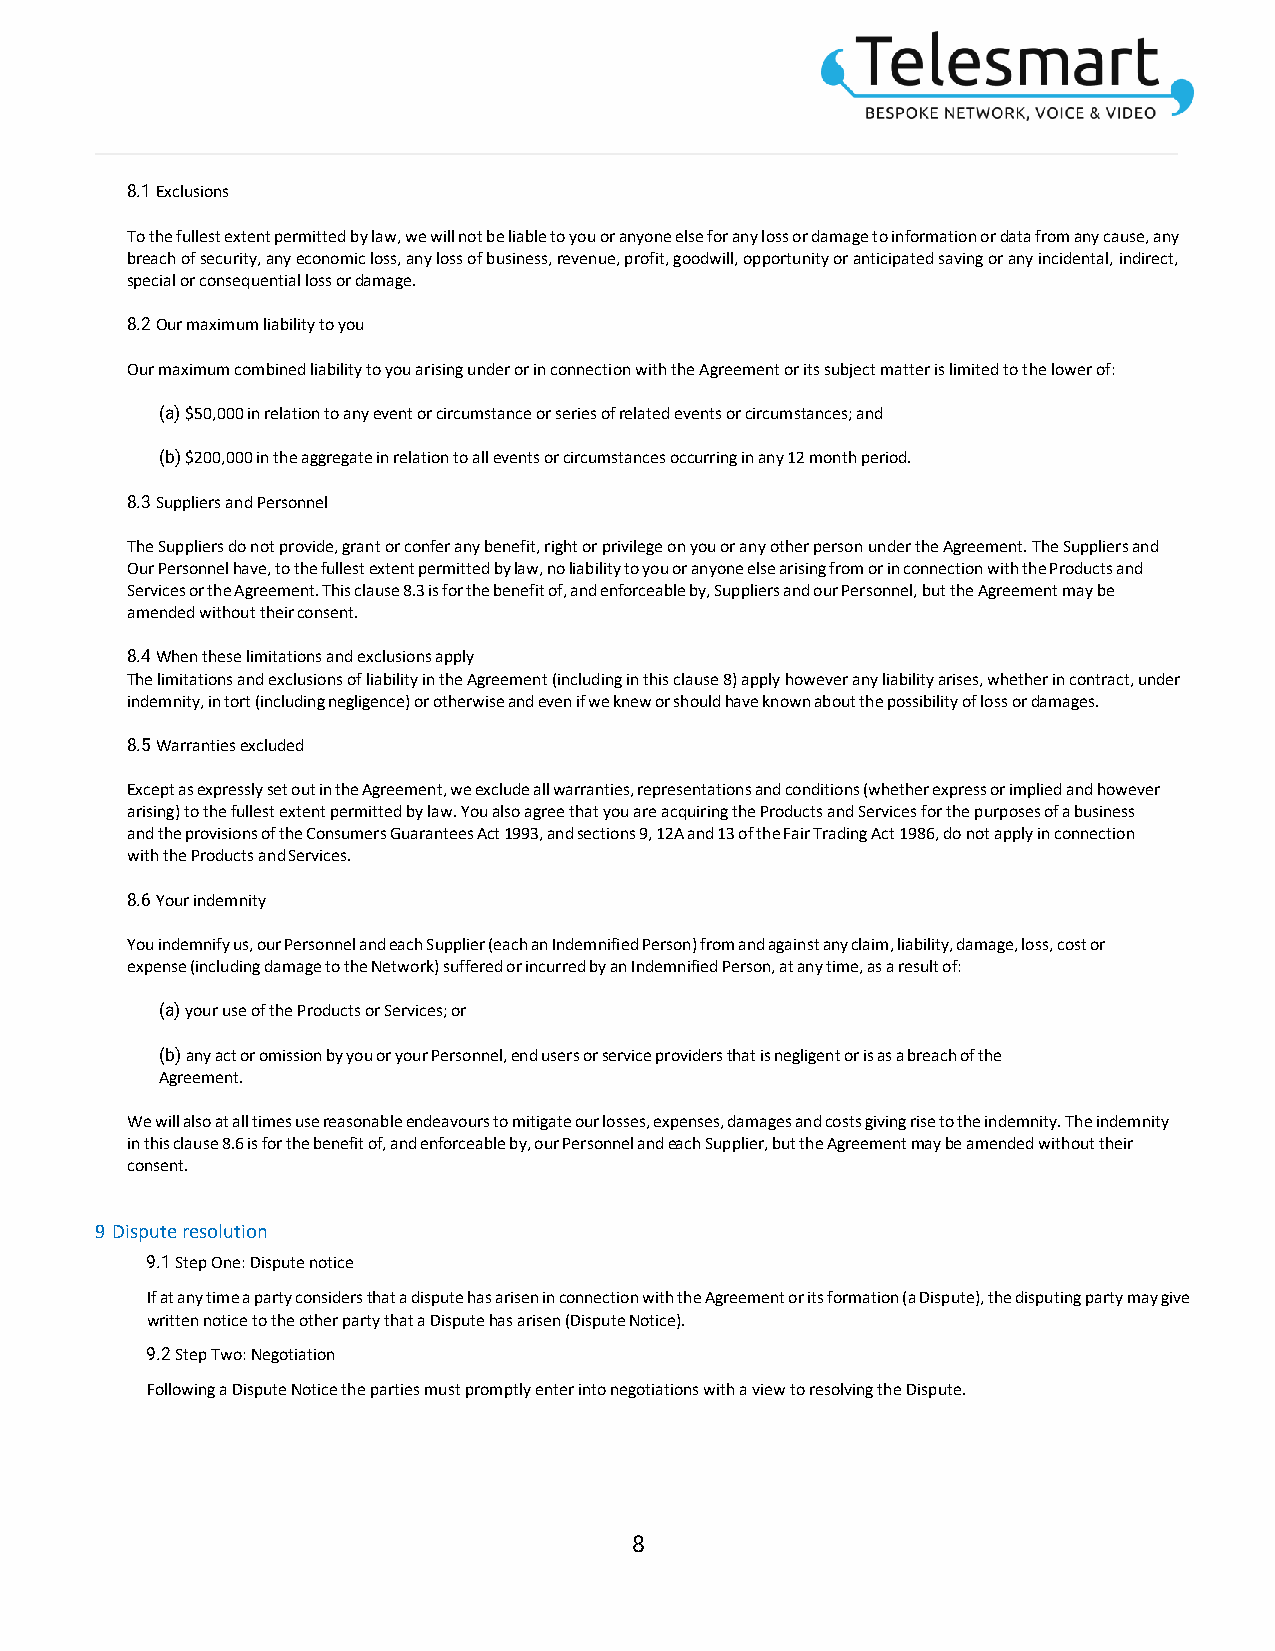
8.1 Exclusions
 To the fullest extent permitted by law, we will not be liable to you or anyone else for any loss or damage to information or data from any cause, any
 breach of security, any economic loss, any loss of business, revenue, profit, goodwill, opportunity or anticipated saving or any incidental, indirect,
 special or consequential loss or damage.
 8.2 Our maximum liability to you
 Our maximum combined liability to you arising under or in connection with the Agreement or its subject matter is limited to the lower of:
 (a) $50,000 in relation to any event or circumstance or series of related events or circumstances; and
 (b) $200,000 in the aggregate in relation to all events or circumstances occurring in any 12 month period.
 8.3 Suppliers and Personnel
 The Suppliers do not provide, grant or confer any benefit, right or privilege on you or any other person under the Agreement. The Suppliers and
 Our Personnel have, to the fullest extent permitted by law, no liability to you or anyone else arising from or in connection with the Products and
 Services or the Agreement. This clause 8.3 is for the benefit of, and enforceable by, Suppliers and our Personnel, but the Agreement may be
 amended without their consent.
 8.4 When these limitations and exclusions apply
 The limitations and exclusions of liability in the Agreement (including in this clause 8) apply however any liability arises, whether in contract, under
 indemnity, in tort (including negligence) or otherwise and even if we knew or should have known about the possibility of loss or damages.
 8.5 Warranties excluded
 Except as expressly set out in the Agreement, we exclude all warranties, representations and conditions (whether express or implied and however
 arising) to the fullest extent permitted by law. You also agree that you are acquiring the Products and Services for the purposes of a business
 and the provisions of the Consumers Guarantees Act 1993, and sections 9, 12A and 13 of the Fair Trading Act 1986, do not apply in connection
 with the Products and Services.
 8.6 Your indemnity
 You indemnify us, our Personnel and each Supplier (each an Indemnified Person) from and against any claim, liability, damage, loss, cost or
 expense (including damage to the Network) suffered or incurred by an Indemnified Person, at any time, as a result of:
 (a) your use of the Products or Services; or
 (b) any act or omission by you or your Personnel, end users or service providers that is negligent or is as a breach of the
 Agreement.
 We will also at all times use reasonable endeavours to mitigate our losses, expenses, damages and costs giving rise to the indemnity. The indemnity
 in this clause 8.6 is for the benefit of, and enforceable by, our Personnel and each Supplier, but the Agreement may be amended without their
 consent.
 9 Dispute resolution
 9.1 Step One: Dispute notice
 If at any time a party considers that a dispute has arisen in connection with the Agreement or its formation (a Dispute), the disputing party may give
 written notice to the other party that a Dispute has arisen (Dispute Notice).
 9.2 Step Two: Negotiation
 Following a Dispute Notice the parties must promptly enter into negotiations with a view to resolving the Dispute.
 8